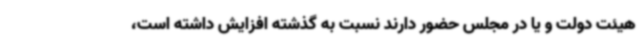
هیئت دولت و یا در مجلس حضور دارند نسبت به گذشته افزایش داشته است،